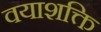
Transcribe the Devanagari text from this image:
वयाशक्ति